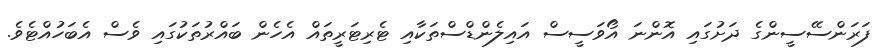
ފަރަންސޭސީންގެ ދަށުގައި އޮންނަ އޯވަސީސް އައިލެންޑްސްތަކާއި ޓެރިޓަރީތައް އެހެން ބައްރުތަކުގައި ވެސް އެބަހުއްޓެވެ.